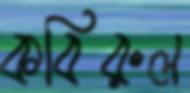
কবিরুল